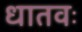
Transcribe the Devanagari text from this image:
धातवः